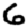
Digit: 6